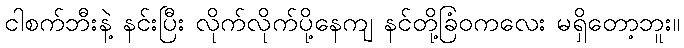
ငါစက်ဘီးနဲ့ နင်းပြီး လိုက်လိုက်ပို့နေကျ နင်တို့ခြံဝကလေး မရှိတော့ဘူး။